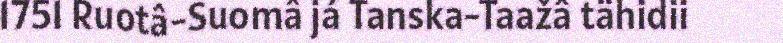
1751 Ruotâ-Suomâ já Tanska-Taažâ tähidii